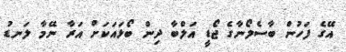
އޭގެ ފަހުން ބާސެލޯނާގެ ޖޯޑީ އަލްބާ ދިން ބޯޅައަކަށް އަރާ ނޭމާ ލަނޑު